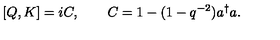
[ Q , K ] = i C , \qquad C = 1 - ( 1 - q ^ { - 2 } ) a ^ { \dagger } a .